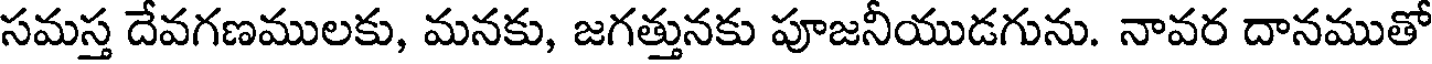
సమస్త దేవగణములకు, మనకు, జగత్తునకు పూజనీయుడగును. నావర దానముతో